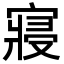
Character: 寢